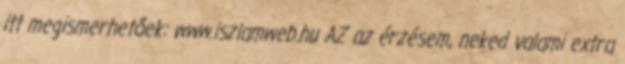
itt megismerhetőek: www.iszlamweb.hu AZ az érzésem, neked valami extra